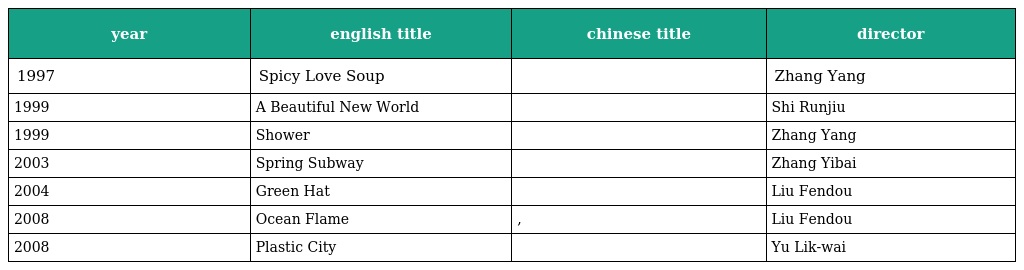
| year | english title | chinese title | director |
 | --- | --- | --- | --- |
 | 1997 | Spicy Love Soup | 爱情麻辣烫 | Zhang Yang |
 | 1999 | A Beautiful New World | 美丽新世界 | Shi Runjiu |
 | 1999 | Shower | 洗澡 | Zhang Yang |
 | 2003 | Spring Subway | 开往春天的地铁 | Zhang Yibai |
 | 2004 | Green Hat | 绿帽子 | Liu Fendou |
 | 2008 | Ocean Flame | 一半是火焰,一半是海水 | Liu Fendou |
 | 2008 | Plastic City | 塑料城市 | Yu Lik-wai |